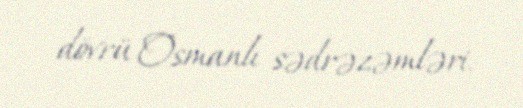
dövrü Osmanlı sədrəzəmləri.